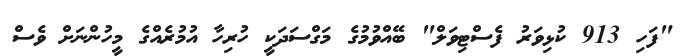
"ފަހި 913 ކުޅިވަރު ފެސްޓިވަލް" ބޭއްވުމުގެ މަގްސަދަކީ ހުރިހާ އުމުރެއްގެ މީހުންނަށް ވެސް